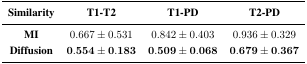
<table><thead><tr><td><b>Similarity</b></td><td><b>T1-T2</b></td><td><b>T1-PD</b></td><td><b>T2-PD</b></td></tr></thead><tbody><tr><td><b>MI</b></td><td>0.667 ±0.531</td><td>0.842 ±0.403</td><td>0.936 ± 0.329</td></tr><tr><td><b>Diffusion</b></td><td><b>0.554 ±0.183</b></td><td><b>0.509 ±0.068</b></td><td><b>0.679 ±0.367</b></td></tr></tbody></table>